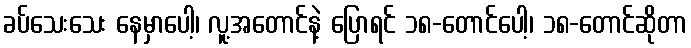
ခပ်သေးသေး နေမှာပေါ့၊ လူ့အတောင်နဲ့ ပြောရင် ၁၈-တောင်ပေါ့၊ ၁၈-တောင်ဆိုတာ